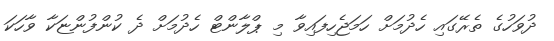
ދުވަހުގެ ތެރޭގައި ހެދުމަށް ހަމަޖެހިފައިވާ މި ޕްލާންޓް ހެދުމަށް ދެ ކުންފުންޏަކާ ވާހަކަ